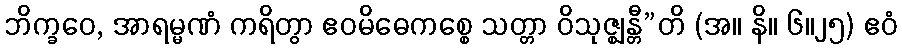
ဘိက္ခဝေ, အာရမ္မဏံ ကရိတွာ ဧဝမိဓေကစ္စေ သတ္တာ ဝိသုဇ္ဈန္တီ”တိ (အ။ နိ။ ၆။၂၅) ဧဝံ